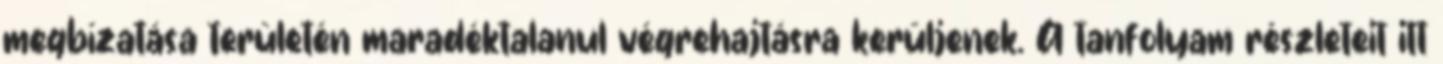
megbízatása területén maradéktalanul végrehajtásra kerüljenek. A tanfolyam részleteit itt